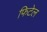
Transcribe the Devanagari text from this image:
फिटेल